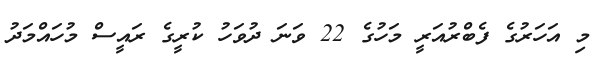
މި އަހަރުގެ ފެބްރުއަރީ މަހުގެ 22 ވަނަ ދުވަހު ކުރީގެ ރައީސް މުހައްމަދު